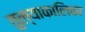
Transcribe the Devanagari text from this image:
तुल्याकालिका